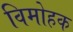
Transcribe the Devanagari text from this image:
विमोहक